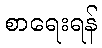
စာရေးရန်